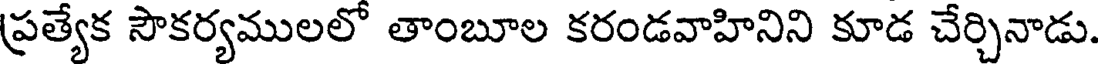
ప్రత్యేక సౌకర్యములలో తాంబూల కరండవాహినిని కూడ చేర్చినాడు.